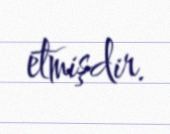
etmişdir.